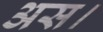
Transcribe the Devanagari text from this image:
अस।